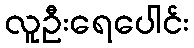
လူဦးရေပေါင်း